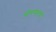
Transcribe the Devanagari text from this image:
खेचण्याचा